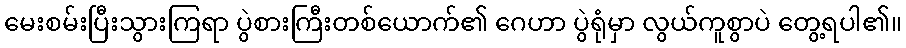
မေးစမ်းပြီးသွားကြရာ ပွဲစားကြီးတစ်ယောက်၏ ဂေဟာ ပွဲရုံမှာ လွယ်ကူစွာပဲ တွေ့ရပါ၏။